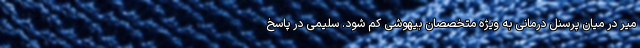
میر در میان پرسنل درمانی به ویژه متخصصان بیهوشی کم شود. سلیمی در پاسخ